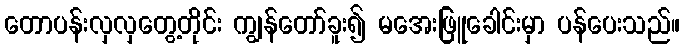
တောပန်းလှလှတွေ့တိုင်း ကျွန်တော်ခူး၍ မအေးဖြူခေါင်းမှာ ပန်ပေးသည်။